Jaan_Tonisson_(Lasteleht), lk 327
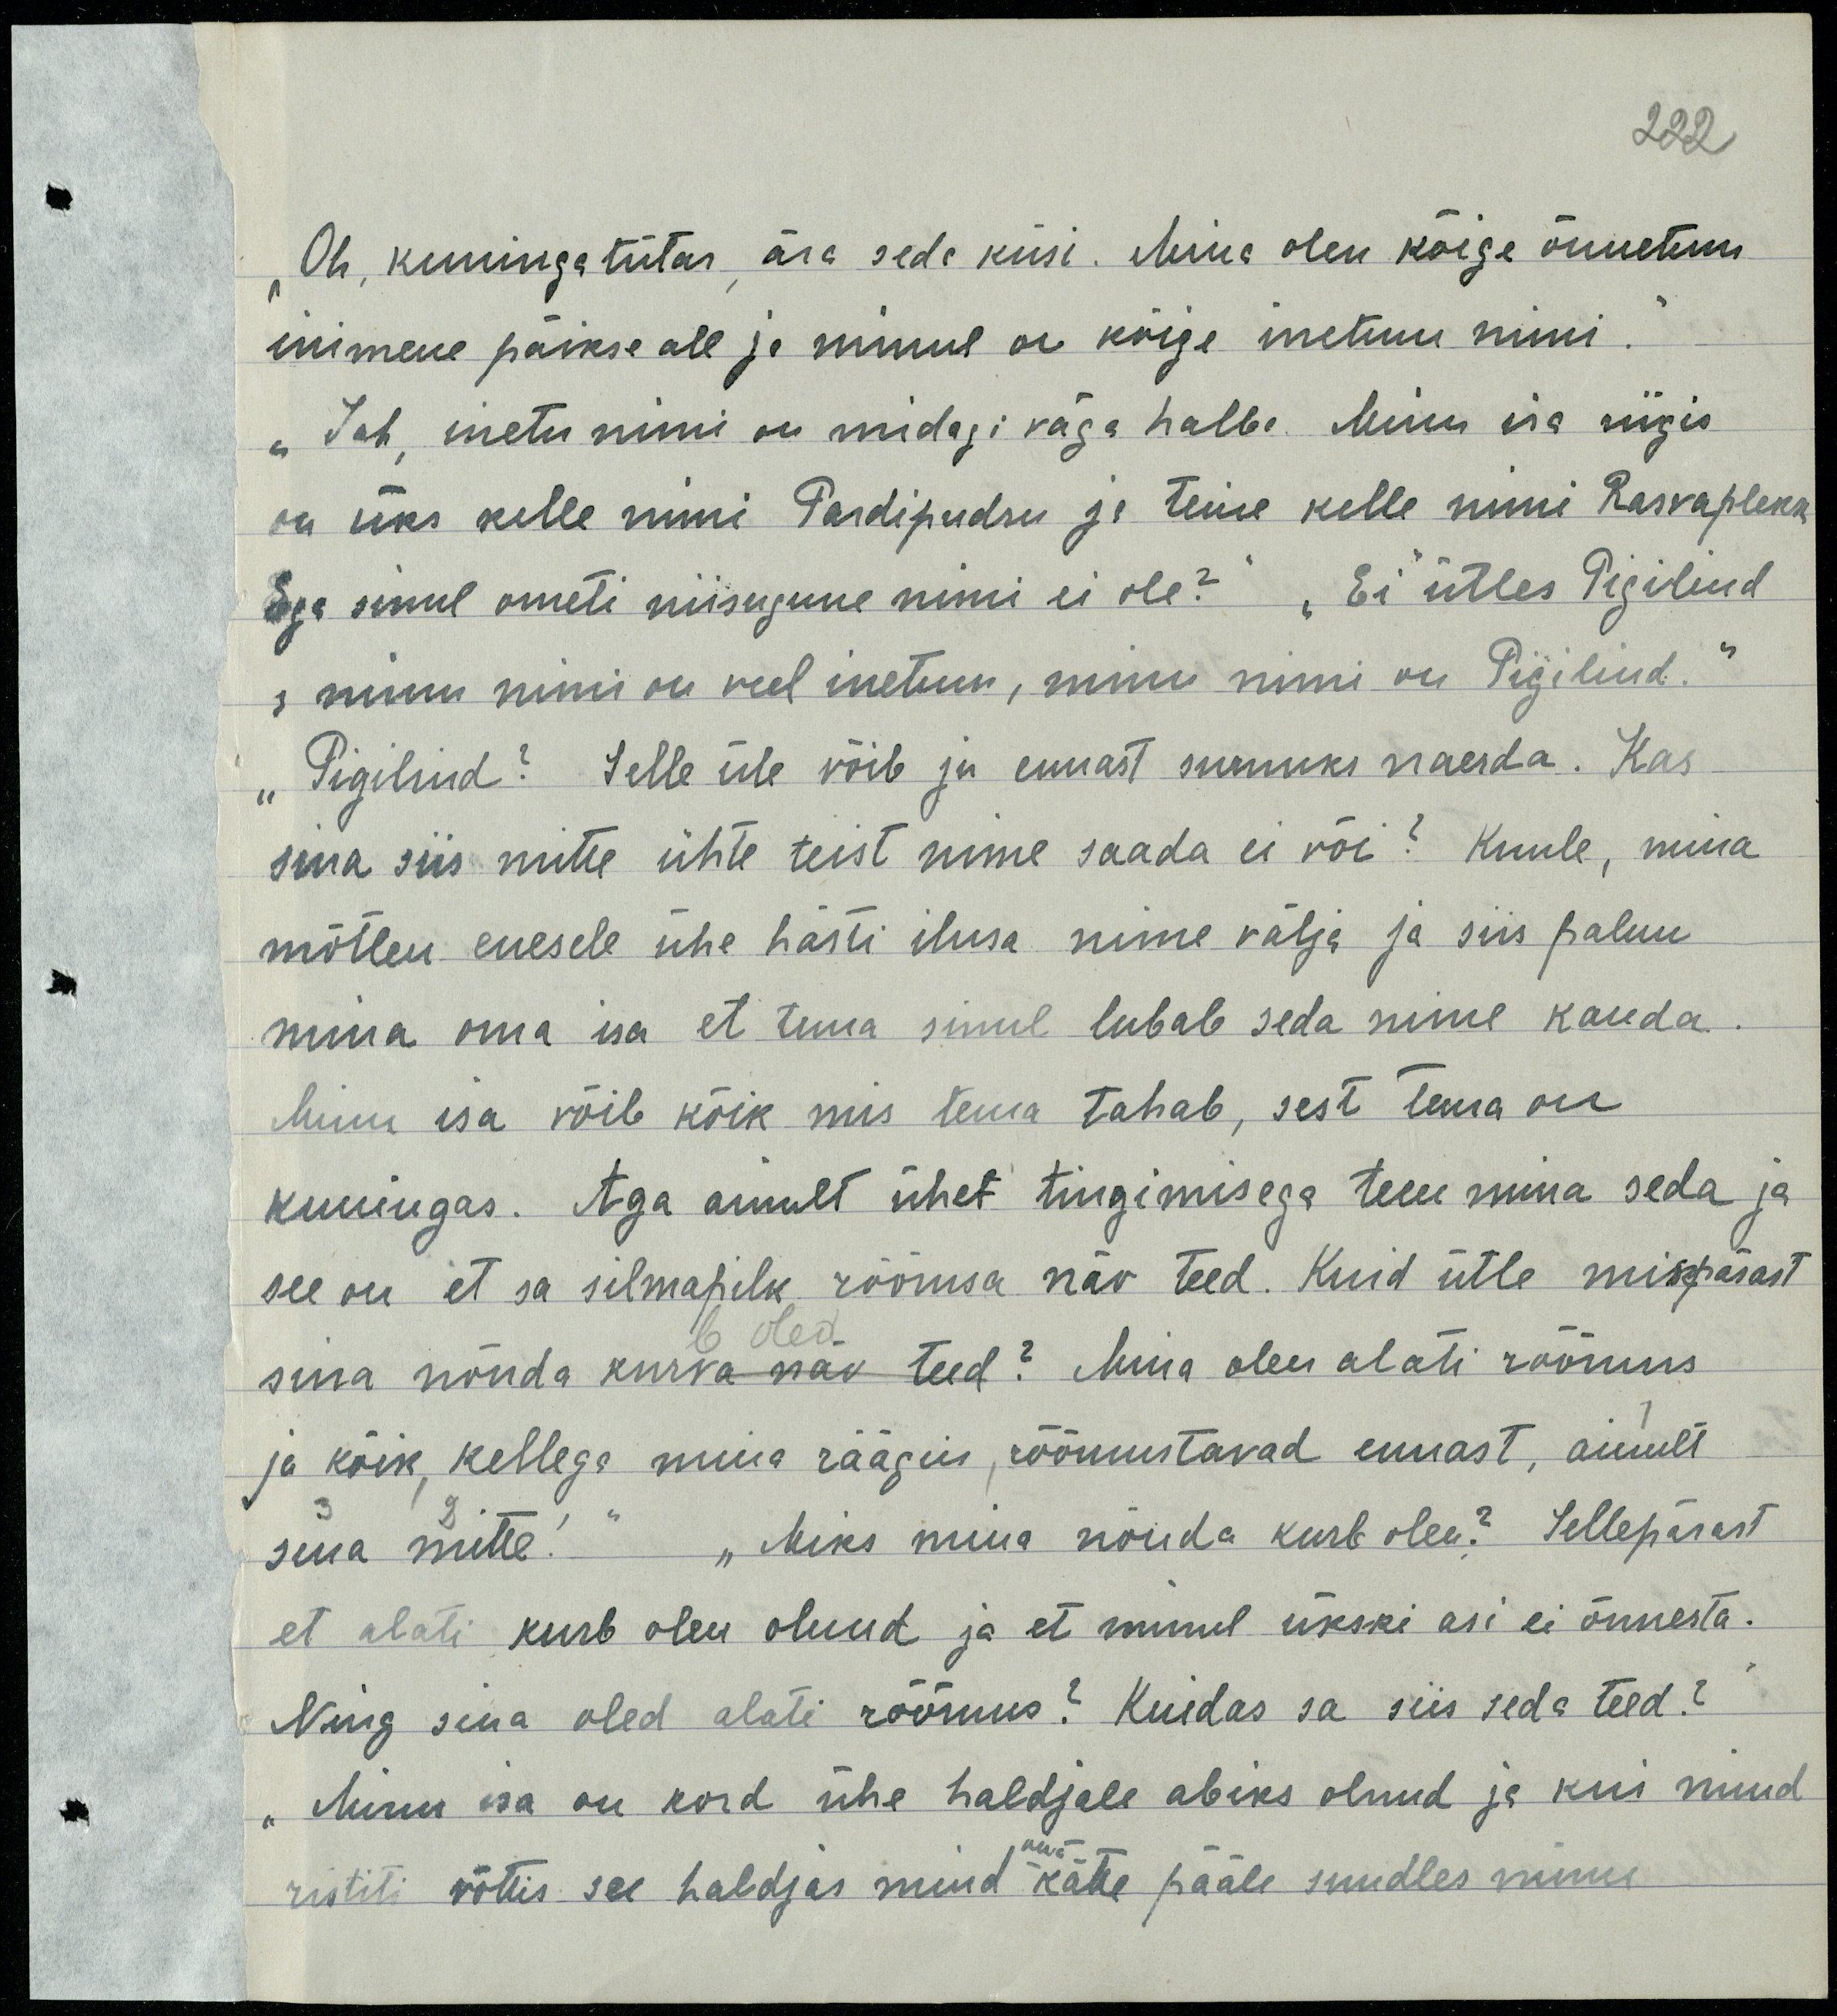
"Oh kuningatütar, ära seda üsi. Mina olen kõige õnnetum
inimene päikse all ja minul on kõige inetum nimi
"jah, inetu nimim on midagi väga halba. Minu isa riigis
on üks sulle nimi Pardipudru js teise kelle nimi Rasvaplekk
ega sinul ometi niisugune nimi ei ole? "Ei" ütles Pigilind
"minu nimi on veel inetum, minu nimi on Pigilind"
"Pigilind?" Selle üle võib ju ennast surnuks naerda. Kas
sina siis mitte ühte teist nime saada ei või? Kuule, mina
mõtlen enesele õhe hästi ilusa nime välja ja siis paun
mina oma isa et tuua sinul lubab seda nime kauda
Minu isa võib kõik mis tema tahab, sest tema on
kuningas. Aga ainult ühe tingimusega teen mina seda ja
see on et sa silmapilk rõõmsa näo teed. KUid õtle mispärast
sina nõnda kurb oled. Mina olen alati rõõmus
ja kõik kellega muua räägin rõõmustavad ennastu ainult
suua mitte "miks mina nõuda kurb olen?"Sellepärast
et alati kurb olen olnud a et minul ükski asi ei õnnestu
Ning sina oled alati rõõmus? Kuidas sa siis seda teed?
Ainus osa on kord õhe haldjale abiks olnud ja kui mind
ristiti võttis see haldjs muid käte pääle suudles nimes